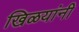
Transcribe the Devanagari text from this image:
खिळयांनी